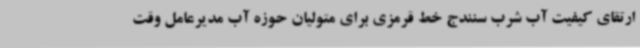
ارتقای کیفیت آب شرب سنندج خط قرمزی برای متولیان حوزه آب مدیرعامل وقت